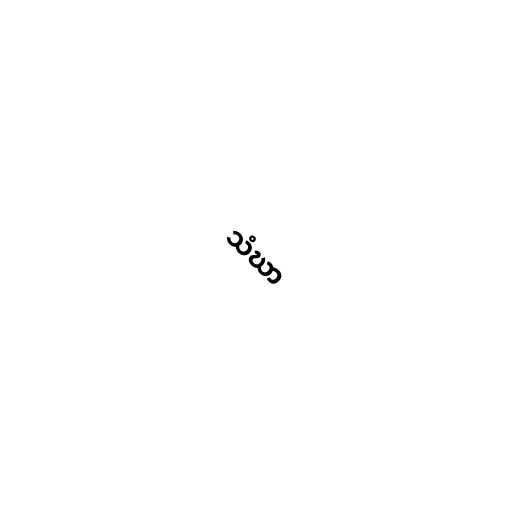
သံဃာ